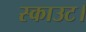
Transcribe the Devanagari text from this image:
स्काउट।